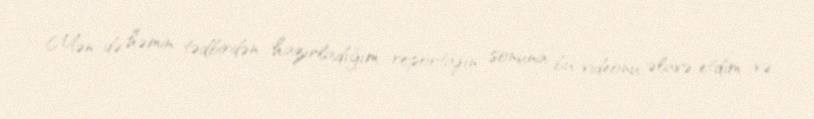
Mən də həmin tədbirdən hazırladığım reportajın sonuna bu videonu əlavə etdim və